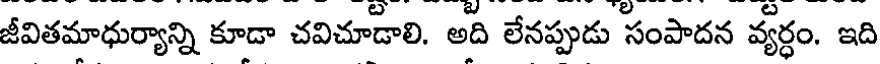
జీవితమాధుర్యాన్ని కూడా చవిచూడాలి. అది లేనప్పుడు సంపాదన వ్యర్ధం. ఇది